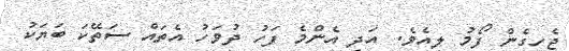
ޖެހިގެން ފޯމު ލިއެވެ. އަދި އެންމެ ފަހު ދުވަހު އެތައް ސަތޭކަ ބަޔަކު